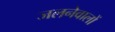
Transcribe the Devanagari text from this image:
जलनेवालों